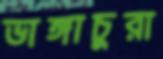
ভাঙ্গাচুরা